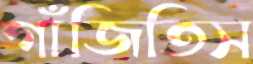
গাঁজিতিস